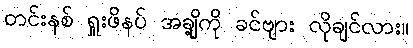
တင်းနစ် ရှူးဖိနပ် အချို့ကို ခင်ဗျား လိုချင်လား။